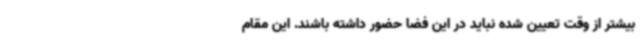
بیشتر از وقت تعیین شده نباید در این فضا حضور داشته باشند. این مقام